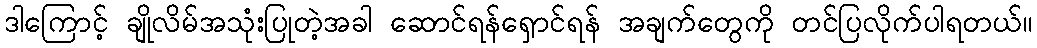
ဒါကြောင့် ချိုလိမ်အသုံးပြုတဲ့အခါ ဆောင်ရန်ရှောင်ရန် အချက်တွေကို တင်ပြလိုက်ပါရတယ်။